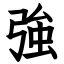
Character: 強